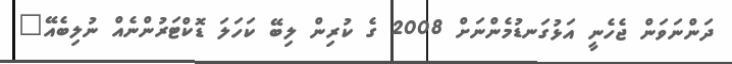
ދަންނަވަން ޖެހެނީ އަޅުގަނޑުމެންނަށް 2008 ގެ ކުރިން ލިބޭ ކަހަލަ ޑޮކްޓަރުންނެއް ނުލިބެއޭ"